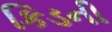
કિડની